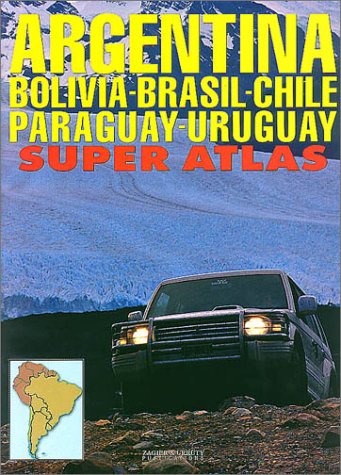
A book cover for Argentina/Bolivia/Brazil/Chile/Paraguay/Uruguay Super Atlas; Zagier; Travel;